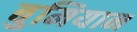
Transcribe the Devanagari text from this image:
बुमियान